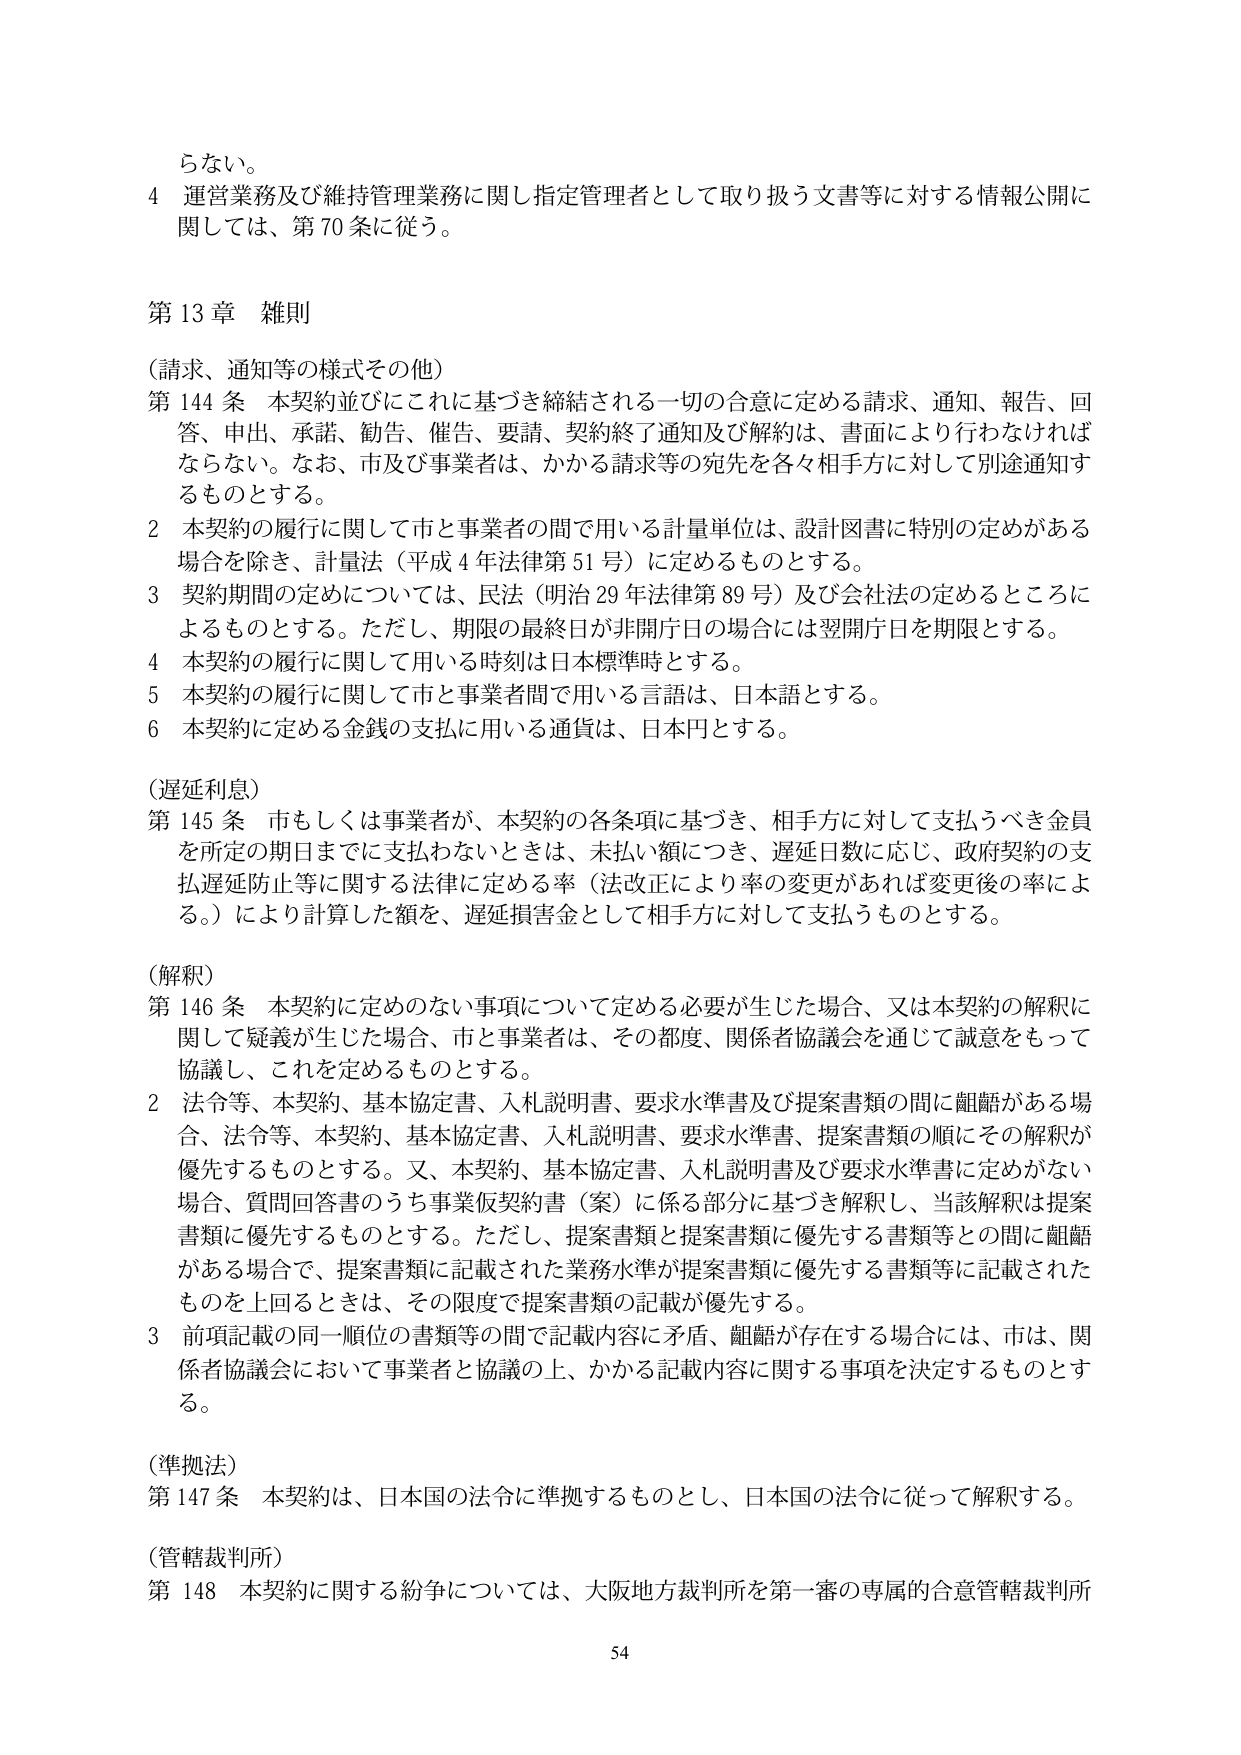
らない。

4 運営業務及び維持管理業務に関し指定管理者として取り扱う文書等に対する情報公開に関しては、第70条に従う。

第13章 雑則

（請求、通知等の様式その他）

第144条 本契約並びにこれに基づき締結される一切の合意に定める請求、通知、報告、回答、申出、承諾、勧告、催告、要請、契約終了通知及び解約は、書面により行わなければならない。なお、市及び事業者は、かかる請求等の宛先を各々相手方に対して別途通知するものとする。

2 本契約の履行に関して市と事業者の間で用いる計量単位は、設計図書に特別の定めがある場合を除き、計量法（平成4年法律第51号）に定めるものとする。

3 契約期間の定めについては、民法（明治29年法律第89号）及び会社法の定めるところによるものとする。ただし、期限の最終日が非開庁日の場合には翌開庁日を期限とする。

4 本契約の履行に関して用いる時刻は日本標準時とする。

5 本契約の履行に関して市と事業者間で用いる言語は、日本語とする。

6 本契約に定める金銭の支払に用いる通貨は、日本円とする。

（遅延利息）

第145条 市もしくは事業者が、本契約の各条項に基づき、相手方に対して支払うべき金員を所定の期日までに支払わないときは、未払い額につき、遅延日数に応じ、政府契約の支払遅延防止等に関する法律に定める率（法改正により率の変更があれば変更後の率による。）により計算した額を、遅延損害金として相手方に対して支払うものとする。

（解釈）

第146条 本契約に定めのない事項について定める必要が生じた場合、又は本契約の解釈に関して疑義が生じた場合、市と事業者は、その都度、関係者協議会を通じて誠意をもって協議し、これを定めるものとする。

2 法令等、本契約、基本協定書、入札説明書、要求水準書及び提案書類の間に齟齬がある場合、法令等、本契約、基本協定書、入札説明書、要求水準書、提案書類の順にその解釈が優先するものとする。又、本契約、基本協定書、入札説明書及び要求水準書に定めがない場合、質問回答書のうち事業仮契約書（案）に係る部分に基づき解釈し、当該解釈は提案書類に優先するものとする。ただし、提案書類と提案書類に優先する書類等との間に齟齬がある場合で、提案書類に記載された業務水準が提案書類に優先する書類等に記載されたものを上回るときは、その限度で提案書類の記載が優先する。

3 前項記載の同一順位の書類等の間で記載内容に矛盾、齟齬が存在する場合には、市は、関係者協議会において事業者と協議の上、かかる記載内容に関する事項を決定するものとする。

（準拠法）

第147条 本契約は、日本国の法令に準拠するものとし、日本国の法令に従って解釈する。

（管轄裁判所）

第148条 本契約に関する紛争については、大阪地方裁判所を第一審の専属的合意管轄裁判所

54